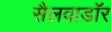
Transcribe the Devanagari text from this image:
सैलवाडॉर